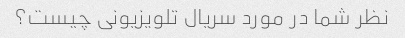
نظر شما در مورد سریال تلویزیونی چیست؟